Report of the Indian Hemp Drugs Commission, 1894-1895 - Volume VI
Year: 1894
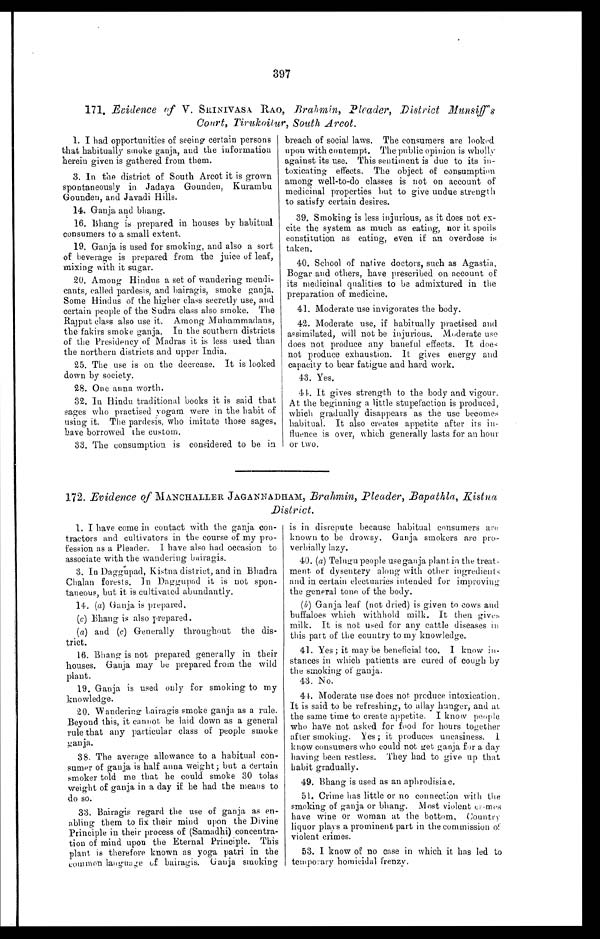
397
171. Evidence of V. SRINIVASA RAO, Brahmin, Pleader, District Munsiff's
Court, Tirukoilur, South Arcot.
1. I had opportunities of seeing certain persons
that habitually smoke ganja, and the information
herein given is gathered from them.
3. In the district of South Arcot it is grown
spontaneously in Jadaya Gounden, Kurambu
Gounden, and Javadi Hills.
14. Ganja and bhang.
16. Bhang is prepared in houses by habitual
consumers to a small extent.
19. Ganja is used for smoking, and also a sort
of beverage is prepared from the juice of leaf,
mixing with it sugar.
20. Among Hindus a set of wandering mendi-
cants, called pardesis, and bairagis, smoke ganja.
Some Hindus of the higher class secretly use, and
certain people of the Sudra class also smoke. The
Rajput class also use it. Among Muhammadans,
the fakirs smoke ganja. In the southern districts
of the Presidency of Madras it is less used than
the northern districts and upper India.
25. The use is on the decrease. It is looked
down by society.
28. One anna worth.
32. In Hindu traditional books it is said that
sages who practised yogam were in the habit of
using it. The pardesis, who imitate those sages,
have borrowed the custom.
33. The consumption is considered to be in
breach of social laws. The consumers are looked
upon with contempt. The public opinion is wholly
against its use. This sentiment is due to its in-
toxicating effects. The object of consumption
among well-to-do classes is not on account of
medicinal properties but to give undue strength
to satisfy certain desires.
39. Smoking is less injurious, as it does not ex-
cite the system as much as eating, nor it spoils
constitution as eating, even if an overdose is
taken.
40. School of native doctors, such as Agastia,
Bogar and others, have prescribed on account of
its medicinal qualities to be admixtured in the
preparation of medicine.
41. Moderate use invigorates the body.
42. Moderate use, if habitually practised and
assimilated, will not be injurious. Moderate use
does not produce any baneful effects. It does
not produce exhaustion. It gives energy and
capacity to bear fatigue and hard work.
43. Yes.
44. It gives strength to the body and vigour.
At the beginning a little stupefaction is produced,
which gradually disappears as the use becomes
habitual. It also creates appetite after its in-
fluence is over, which generally lasts for an hour
or two.
172 . Evidence of MANCHALLER JAGANNADHAM, Brahmin, Pleader, Bapathla, Ristna
District.
1. I have come in contact with the ganja con-
tractors and cultivators in the course of my pro-
fession as a Pleader. I have also had occasion to
associate with the wandering bairagis.
3. In Daggupad, Kistna district, and in Bhadra
Chalan forests. In Daggupad it is not spon-
taneous, but it is cultivated abundantly.
14. (a) Ganja is prepared
.
(c) Bh a n g i s a l s o p r e p a r e d .
( a) and (c) Generally throughout the dis-
trict.
16. Bhang is not prepared generally in their
houses. Ganja may be prepared from the wild
plant.
19. Ganja is used only for smoking to my
knowledge.
20. Wandering bairagis smoke ganja as a rule.
Beyond this, it cannot be laid clown as a general
rule that any particular class of people smoke
ganja.
38. The average allowance to a habitual con-
sumer of ganja is half anna weight; but a certain
smoker told me that he could smoke 30 tolas
weight of ganja in a day if he had the means to
do so.
33. Bairagis regard the use of ganja as en-
abling them to fix their mind upon the Divine
Principle in their process of (Samadhi) concentra-
tion of mind upon the Eternal Principle. This
plant is therefore known as yoga patri in the
common language of bairagis. Ganja smoking
is in disrepute because habitual consumers are
known to be drowsy. Ganja smokers are pro-
verbially lazy.
40. (a) Telugu people use ganja plant in the treat-
ment of dysentery along with other ingredients
and in certain electuaries intended for improving
the general tone of the body.
(b) Ganja leaf (not dried) is given to cows and
buffaloes which withhold milk. It then gives
milk. It is not used for any cattle diseases
this part of the country to my knowledge.
41. Yes; it may be beneficial too. I know in-
stances in which patients are cured of cough by
the smoking of ganja.
43. No.
44. Moderate use does not produce intoxication.
It is said to be refreshing, to allay hunger, and at
the same time to create appetite. I know people
who have not asked for food for hours together
after smoking. Yes; it produces uneasiness.
know consumers who could not get ganja for a day
having been restless. They had to give up that
habit gradually.
49. Bhang is used as an aphrodisiac.
51. Crime has little or no connection with the
smoking of ganja or bhang. Most violent crimes
have wine or woman at the bottom, Country
liquor plays a prominent part in the commission of
violent crimes.
53. I know of no case in which it has led to
temporary homicidal frenzy.